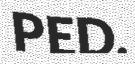
PED.